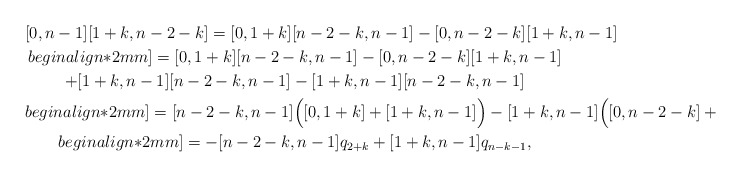
\begin{gather*}[0,n-1][1+k,n-2-k] = [0,1+k][n-2-k,n-1] - [0,n-2-k][1+k,n-1]\\begin{align*}2mm]= [0,1+k][n-2-k,n-1] - [0,n-2-k][1+k,n-1] \\+ [1+k,n-1][n-2-k,n-1] - [1+k,n-1][n-2-k,n-1]\\begin{align*}2mm]= [n-2-k,n-1] \Big([0,1+k] + [1+k,n-1] \Big) - [1+k,n-1] \Big( [0,n-2-k] + [n-2-k,n-1] \Big) \\begin{align*}2mm]= -[n-2-k,n-1] q_{2+k} + [1+k,n-1] q_{n-k-1},\end{gather*}